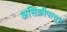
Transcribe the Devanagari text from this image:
असिक्रीपासून